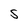
Character: S